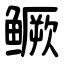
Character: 鳜